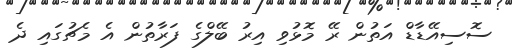
ސޮސިއޭޑާޑް އަތުން ރޭ މޮޅުވި އިރު ބޭލްގެ ފަރާތުން އެ މެޗުގައި ދެ